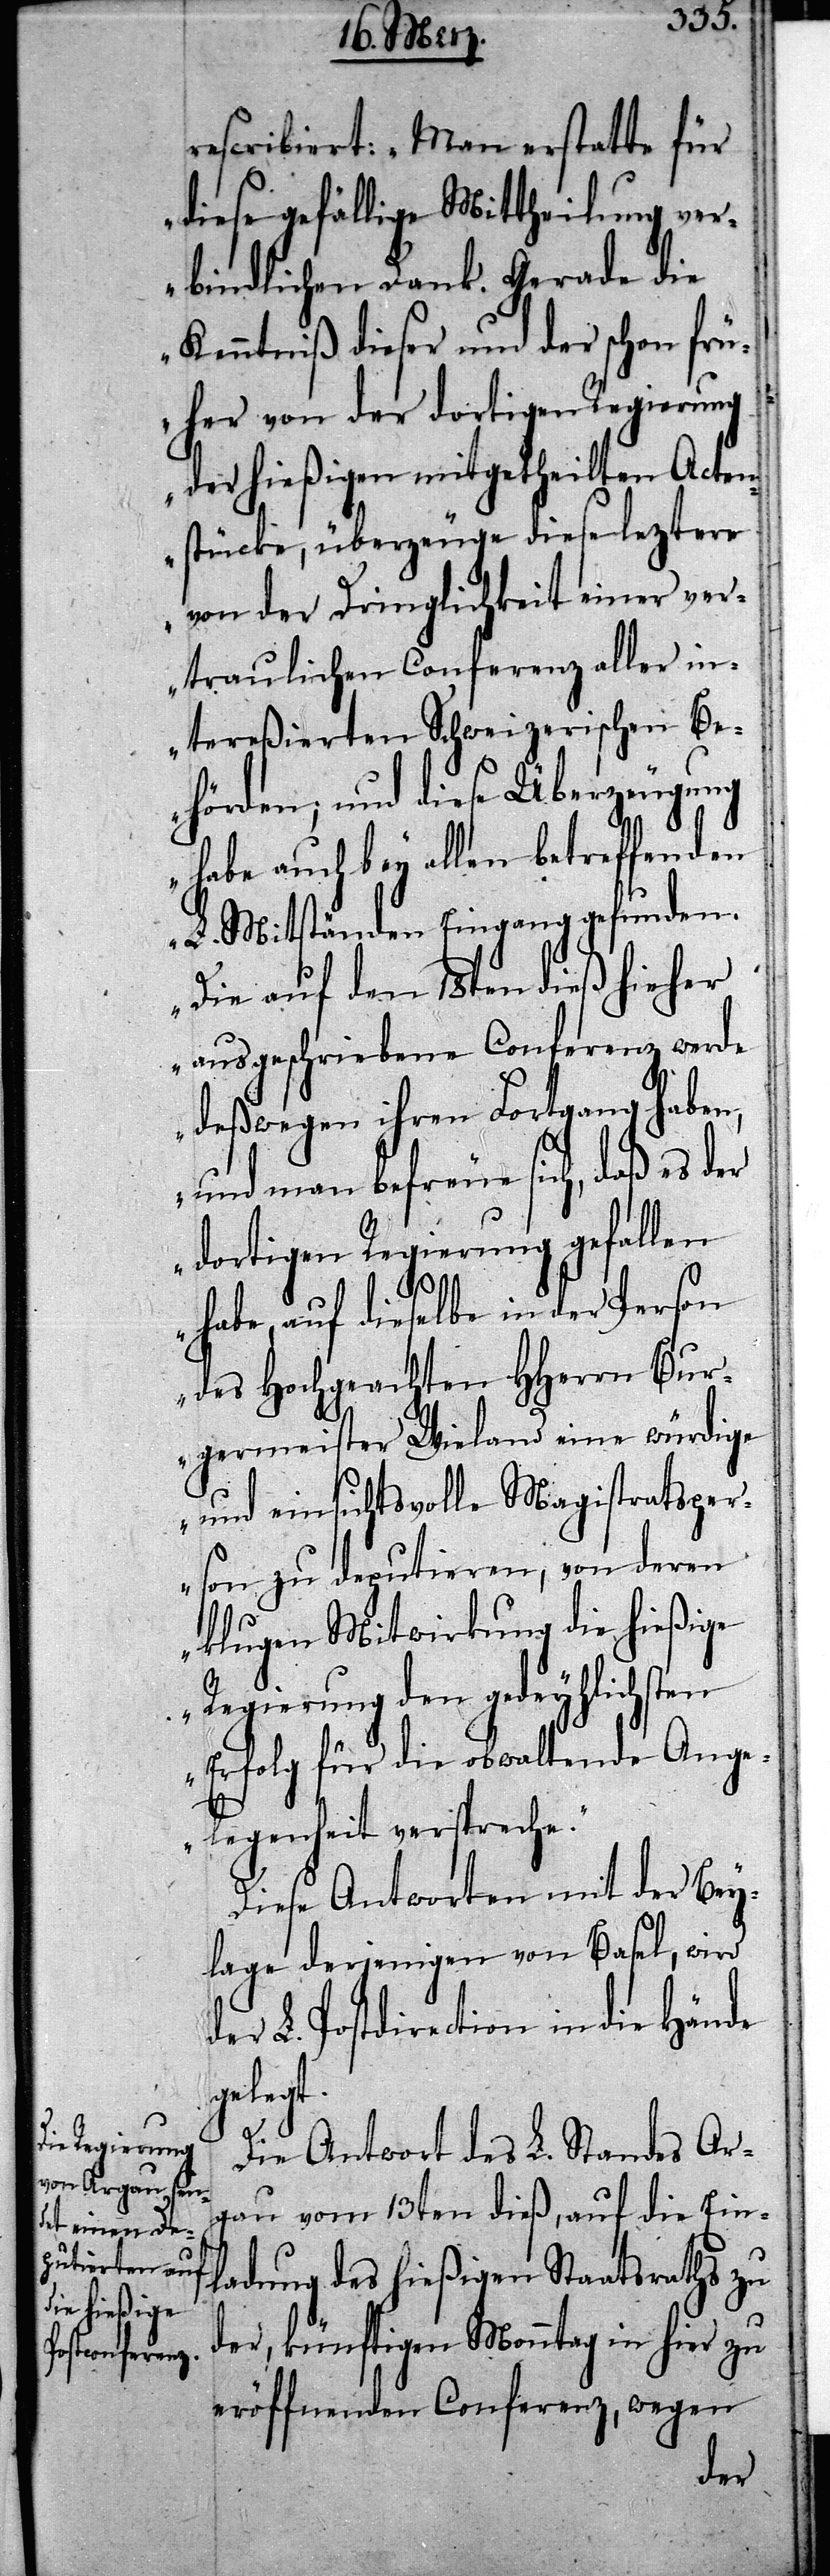
rescribiert: „Man erstatte für
diese gefällige Mittheilung ver¬
bindlichen Dank. Gerade die
Kenntiß dieser und der schon frü¬
her von der dortigen Regierung
der hießigen mitgetheilten Acten¬
stücke, überzeuge diese leztere
von der Dringlichkeit einer ver¬
traulichen Conferenz aller in¬
tereßierten Schweizerischen Be¬
hörden; und diese Überzeugung
habe auch bey allen betreffenden
L. Mitständen Eingang gefunden.
Die auf den 18ten dieß hieher
ausgeschriebene Conferenz werde
deßwegen ihren Fortgang haben,
und man befreue sich, daß es der
dortigen Regierung gefallen
habe, auf dieselbe in der Person
des Hochgeachten HHerren Bur¬
germeister Wieland eine würdige
und einsichtsvolle Magistratsper¬
son zu deputieren, von deren
klugen Mitwirkung die hießige
Regierung den gedeylichsten
Erfolg für die obwaltende Ange¬
legenheit verspreche.“
Diese Antworten mit der Bey¬
lage derjennigen von Basel, wird
L. Postdirection in die Hände
gelegt.
Die Antwort des L. Standes Ar¬
gau vom 13ten dieß, auf die Ein¬
ladung des hießigen Staatsraths zu
der, künftigen Monntag in hier zu
eröffnenden Conferenz, wegen
der